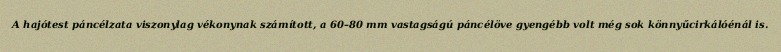
A hajótest páncélzata viszonylag vékonynak számított, a 60–80 mm vastagságú páncélöve gyengébb volt még sok könnyűcirkálóénál is.